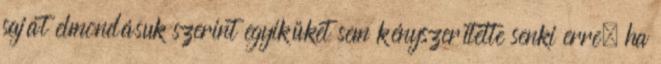
saját elmondásuk szerint egyiküket sem kényszerítette senki erre, ha